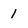
Character: 1